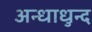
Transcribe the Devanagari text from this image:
अन्धाधुन्द